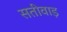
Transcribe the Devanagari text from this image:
सतीवाड़